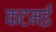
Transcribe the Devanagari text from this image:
कटमई